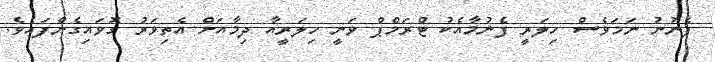
ފެނުނު ނަމަވެސް ހިލަރީ ފެނުމާއެކު ޓްރަމްޕް ވަނީ ހިލަރީއާ ދިމާއަށް އެތިވަރު ގޮވައިގެންފައެވެ.